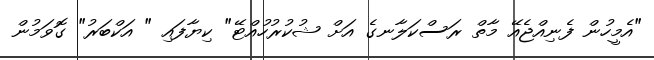
"އެމީހުން ފެނިއްޖެއޭ މާތް ރަސްކަލާނގެ އަށް ޝުކުރުހުއްޓޭ" ކިޔާފައި " އަކްބަރު" ގޮވަމުން